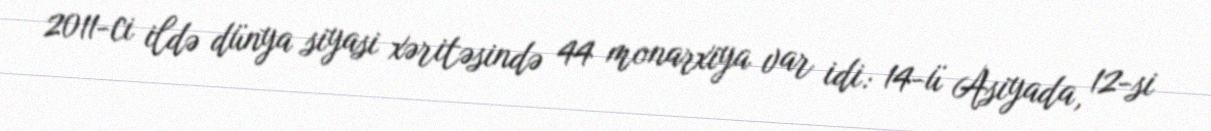
2011-ci ildə dünya siyasi xəritəsində 44 monarxiya var idi: 14-ü Asiyada, 12-si